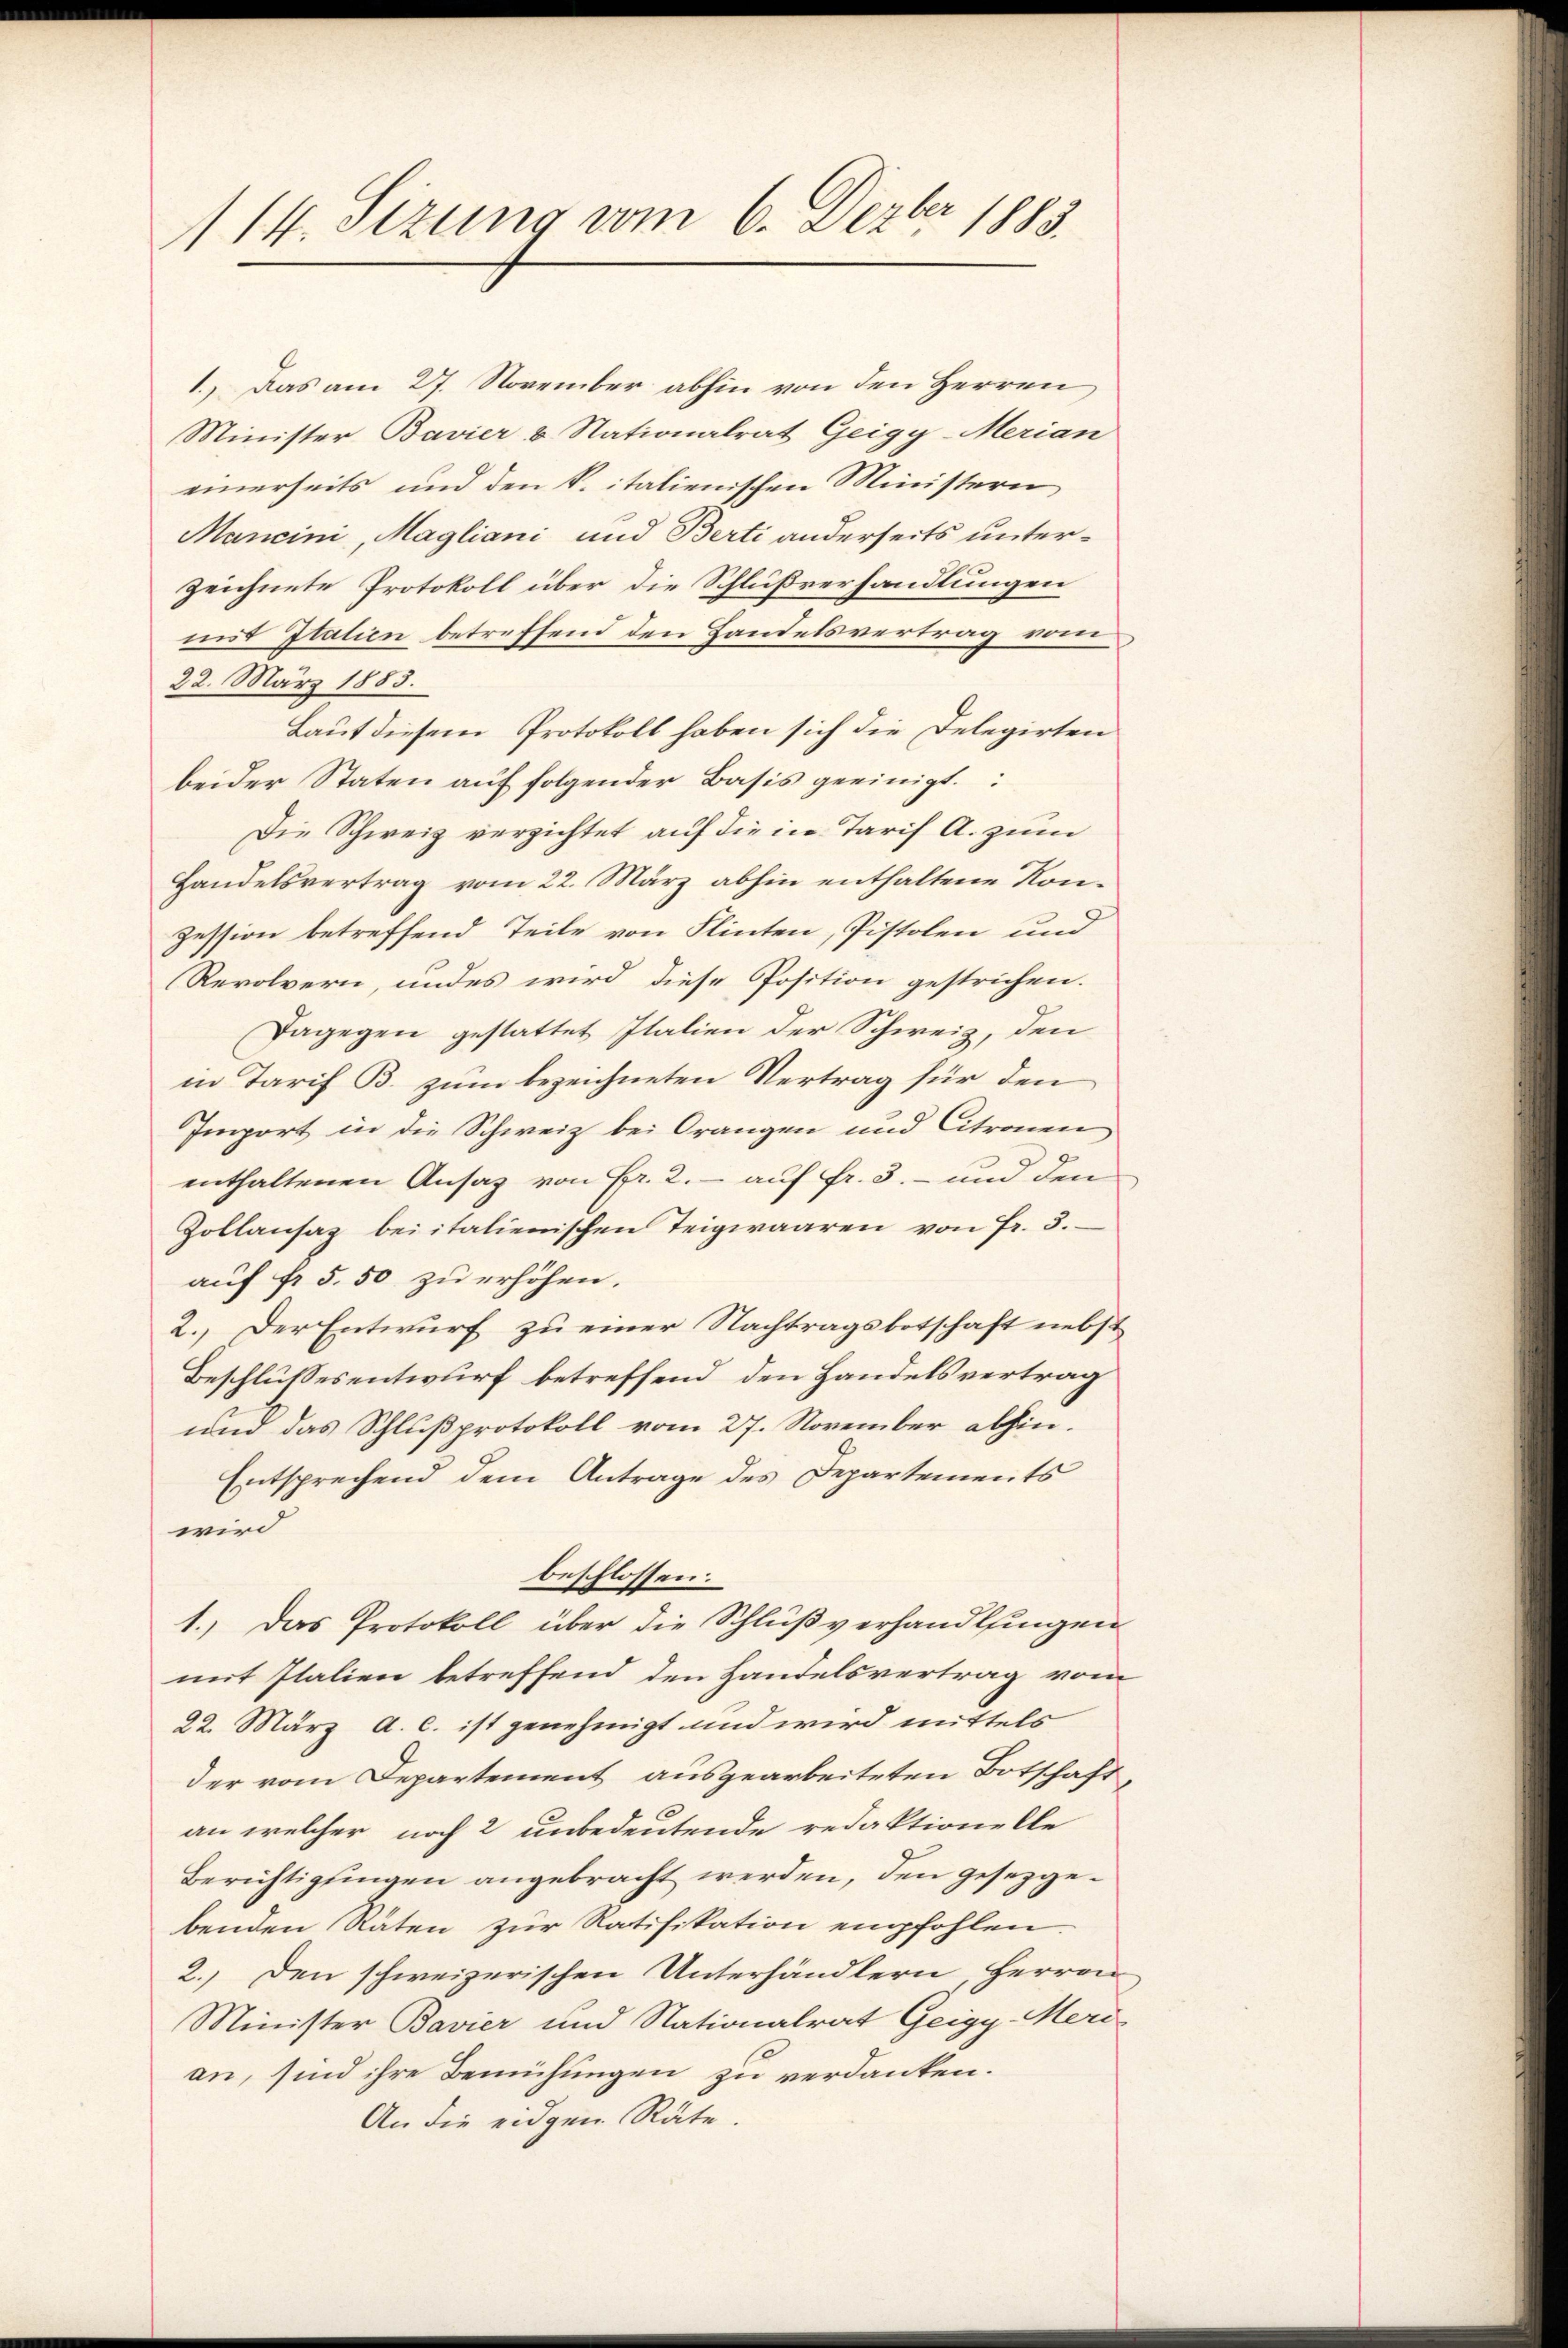
114. Sizung vom 6. Dezbr 1883.

1., Das am 27. November abhin von den Herren
Minister Bavier & Nationalrat Geigy-Merian
einerseits und den k. italienischen Ministern
Mancini, Magliani und Berti anderseits unterzeichnete Protokoll über die Schlußverhandlungen
mit Italien betreffend den Handelsvertrag vom
22. März 1883.
Laut diesem Protokoll haben sich die Delegirten
beider Staten aŭf folgender Basis geeinigt.
Die Schweiz verzichtet auf die in Tarif A. zum
Handelsvertrag vom 22. März abhin enthaltene Kon¬
Zession betreffend Teile von Flinten, Pistolen und
Revolvern, und es wird diese Position gestrichen.
Dagegen gestattet Italien der Schweiz, den
in Tarif B. zum bezeichneten Vertrag für den
Import in die Schweiz bei Orangen und Citronen
enthaltenen Ansatz von Fr. 2. - auf fr. 3. und den
Zollansaz beiitalienischen Teigwaaren von Fr. 3.
auf fr. 5. 50 zu erhöhen.
2. Der Entwurf zu einer Nachtragsbotschaft nebst
Beschlussesentwurf betreffend, den Handelsvertrag
und das Schlußprotokoll vom 27. November abhin.
Entsprechend dem Antrage des Departements
wird
beschlossen:
1.) Das Protokoll über die Schlußverhandlfingen
mit Italien betreffend den Handelsvertrag vom
22. März a. c. ist genehmigt und wird mittels
der vom Departement ausgearbeiteten Botschaft
an welcher noch 2 unbedeutende redaktionelle
Berichtigungen angebracht werden, den gesetzgebenden Räten zur Ratifikation empfohlen
2.) Den schweizerischen Unterhändlern, Herren
Minister Bavier und Nationalrat Geigy-Meri
an, sind ihre Bemühungen zu verdanken.
An die eidgen Räte.